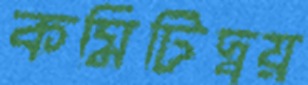
কমিটিদ্বয়